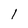
Character: l